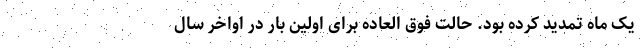
یک ماه تمدید کرده بود. حالت فوق العاده برای اولین بار در اواخر سال